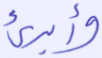
وأبرئ